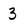
Character: 3